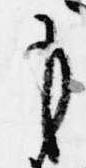
も